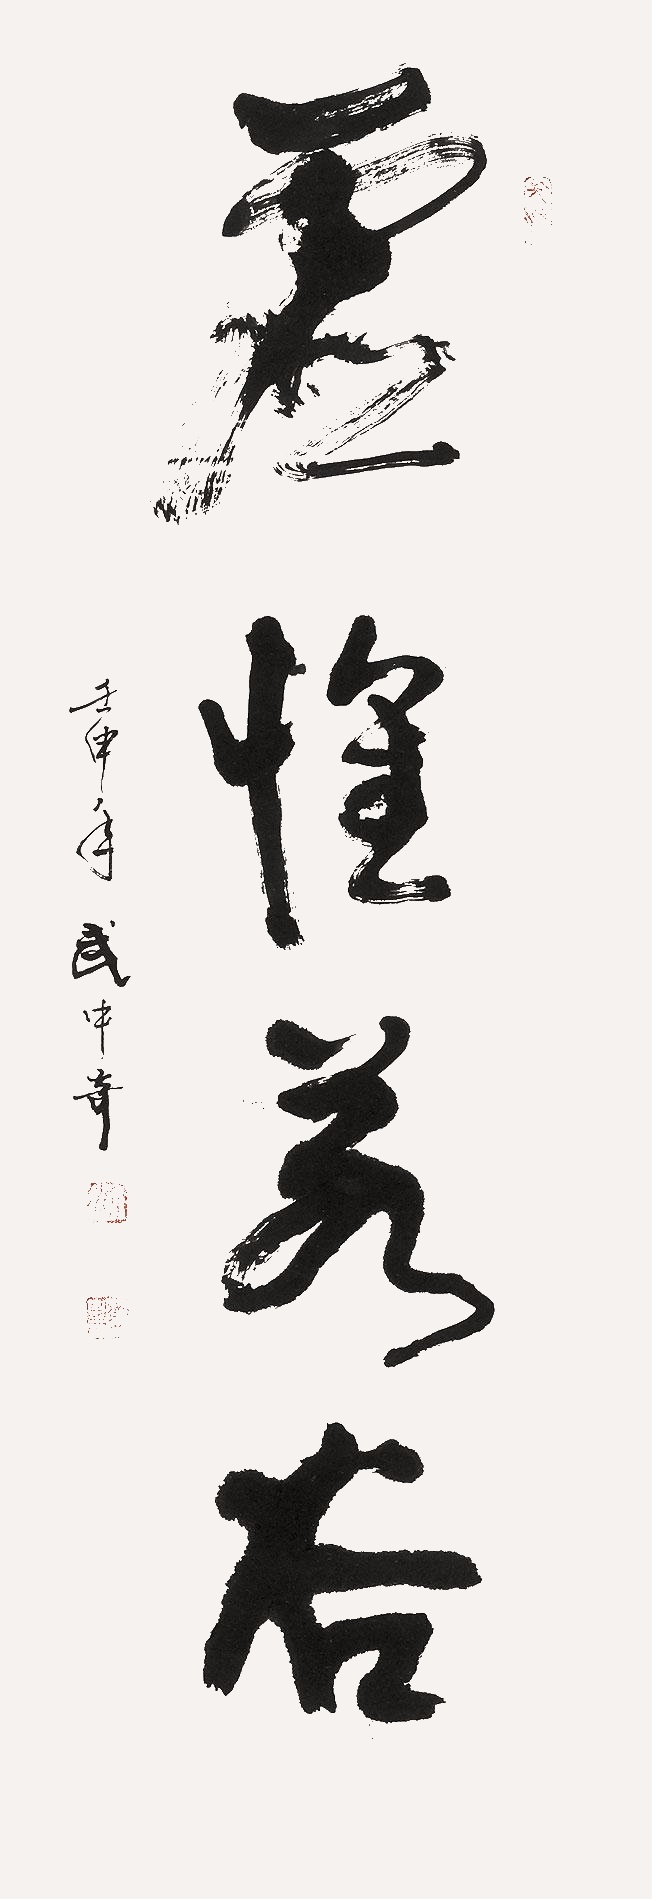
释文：虚怀若谷壬申年武中奇。